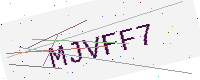
Text: MJVFF7